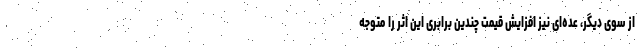
از سوی دیگر، عده‌ای نیز افزایش قیمت چندین برابری این اثر را متوجه